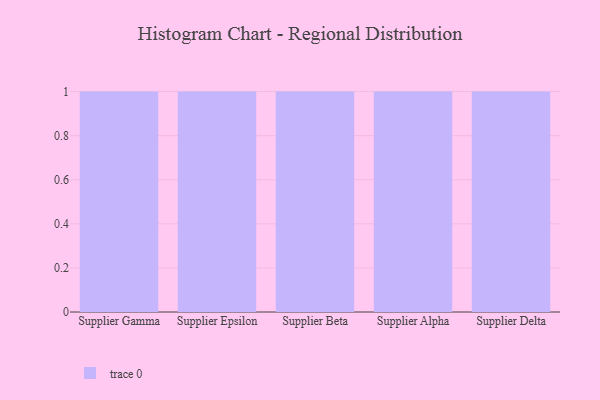
{"axis": {"x": "Supplier", "y": "Energy Usage (MWh)"}, "legend": [""], "data": [{"x": "Supplier Gamma", "y": 35, "type": ""}, {"x": "Supplier Epsilon", "y": 60, "type": ""}, {"x": "Supplier Beta", "y": 91, "type": ""}, {"x": "Supplier Alpha", "y": 95, "type": ""}, {"x": "Supplier Delta", "y": 59, "type": ""}]}